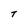
Character: t